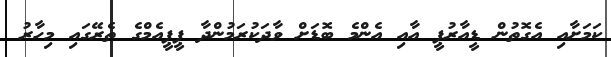
ކަމަށާއި އެގޮތުން ޑީއާރުޕީ އާއި އެންމެ ބޮޑަށް ވާދަކުރަމުންދާ ޕީޕީއެމްގެ ތެރޭގައި މިހާރު